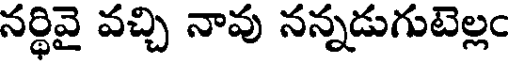
నర్థివై వచ్చి నావు నన్నడుగుటెల్లం